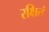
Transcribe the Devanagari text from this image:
रक्षितं